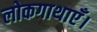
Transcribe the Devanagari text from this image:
लोकगाथाएँ।